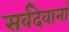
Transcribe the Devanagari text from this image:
सर्वदेवानां